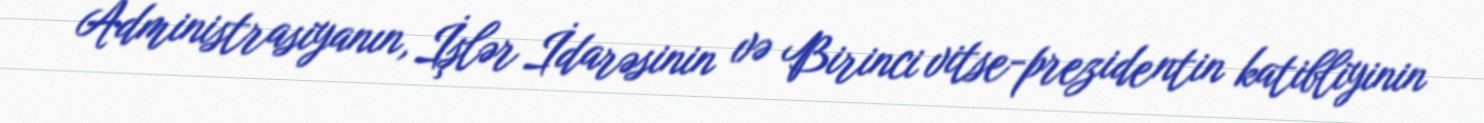
Administrasiyanın, İşlər İdarəsinin və Birinci vitse-prezidentin katibliyinin